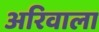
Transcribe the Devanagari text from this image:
अरिवाला